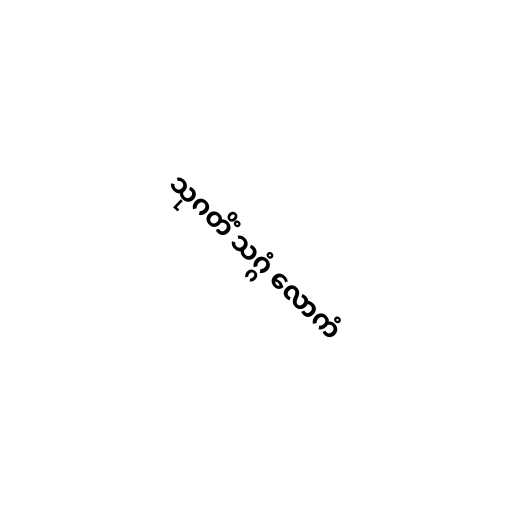
သုဂတိံ သဂ္ဂံ လောကံ